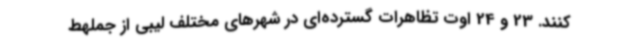
کنند. 23 و 24 اوت تظاهرات گسترده‌ای در شهرهای مختلف لیبی از جملهط